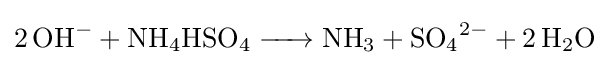
{\ce {2 OH- + NH4HSO4 -> NH3 + SO4^2- + 2 H2O}}